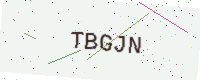
Text: TBGJN